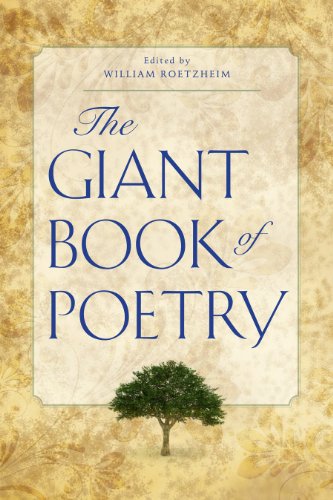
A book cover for The Giant Book of Poetry; William Roetzheim; Literature & Fiction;